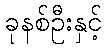
ခုနစ်ဦးနှင့်